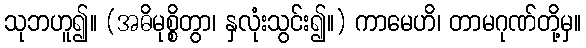
သုဘဟူ၍။ (အဓိမုစ္စိတွာ၊ နှလုံးသွင်း၍။) ကာမေဟိ၊ တာမဂုဏ်တို့မှ။